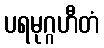
ပရမုဂ္ဂဟီတံ